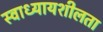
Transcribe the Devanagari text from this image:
स्वाध्यायशीलता